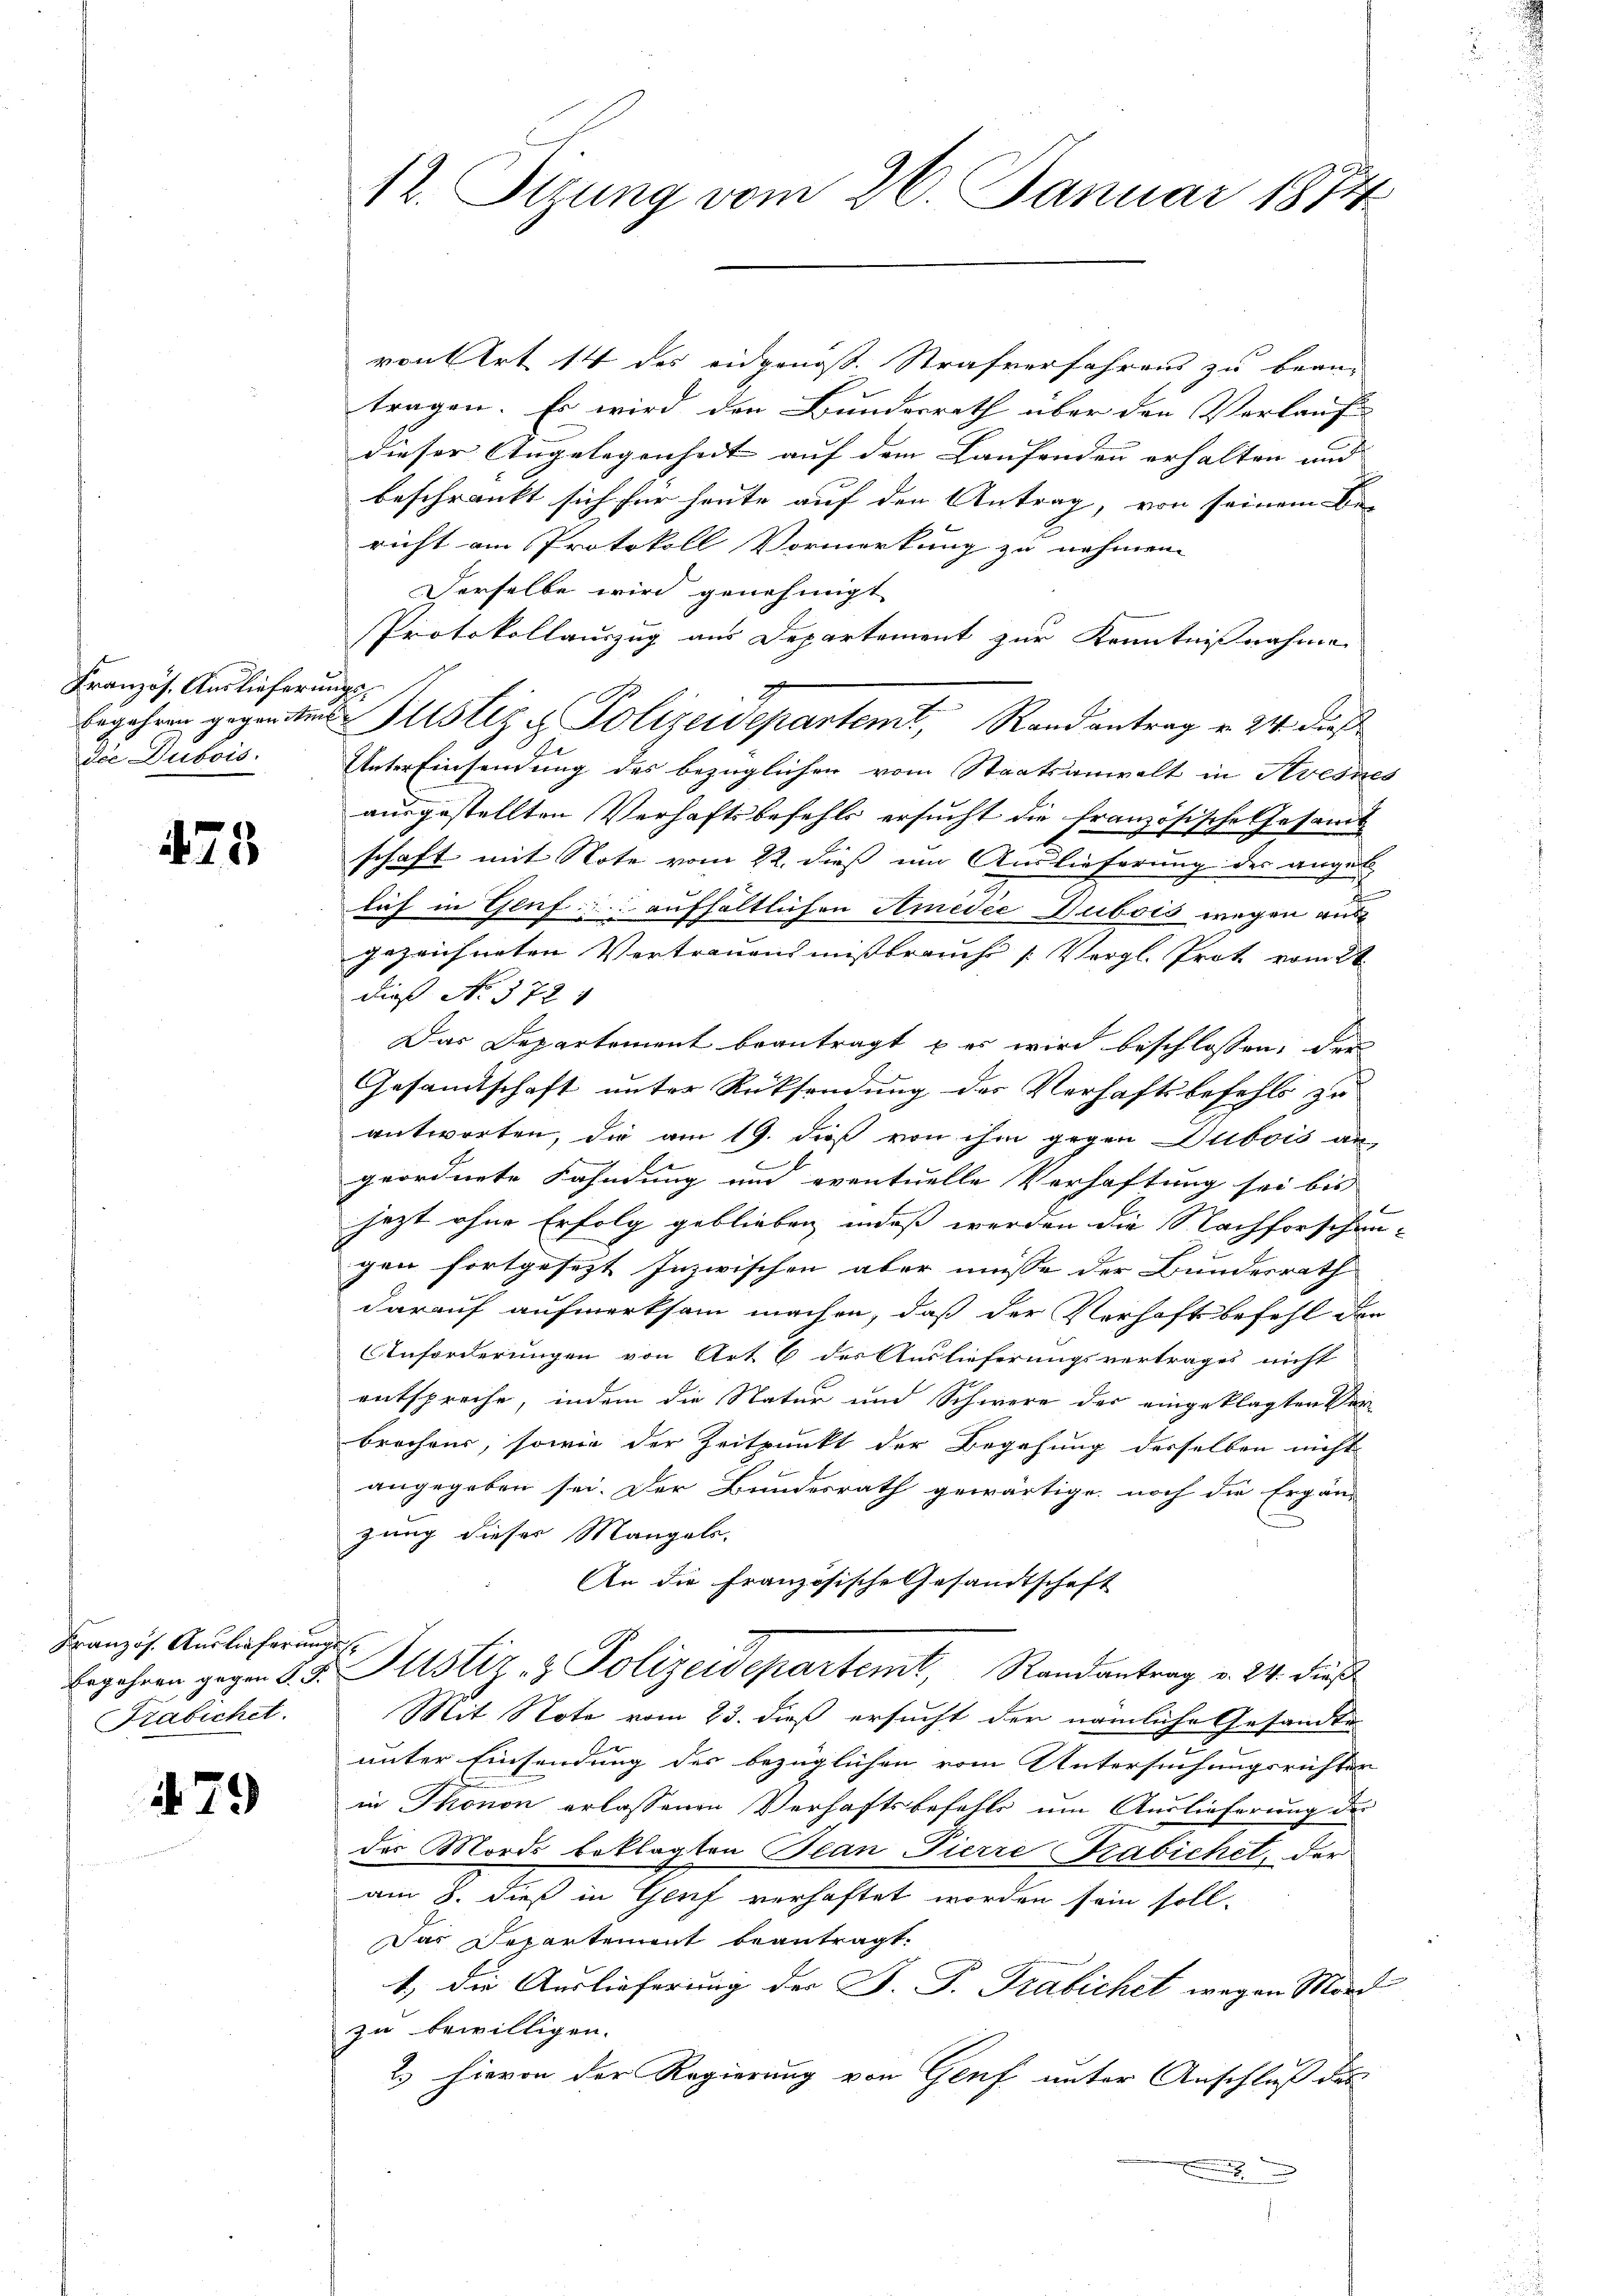
Französ. Auslieferungs-
die Dubois.

475

Kranzös. Auslieferungs
Frabichet.

N 79

12. Sizung vom 26. Januar 1874

vonsert 14 des eidgenoß. Strafverfahrens zu bean-
tragen. Es wird den Bundesrath über den Verlauf
dieser Angelegenheit auf dem Laufenden erhalten und |
beschränkt sich für heute auf den Antrag, von seinem Be-
richt am Protokoll Vormerkung zu nehmen. |
Derselbe wird genehmigt
Protokollauszug aus Departement zur Kenntnißnahme
Unter Einsendung des bezüglichen vom Staatsanwalt in Avesnes
ausgestellten Verhaftsbefehls ersucht die französische Gesamt
schaft mit Note vom 22. dieß um Auslieferung des anget
lich in Genf aufhältlichen Amedie Dubois wegen aus
gezeichneten Vertrauensmissbrauch [Vergl. Prot vom 2t
dieß No 572 f
Das Departement beantragt, es wird beschlossen, der
Gesandtschaft unter Rücksendung des Verhaftsbefehls zu
antworten, die am 19. dieß von ihm gegen Dubois an-
geordnete Fahndung und eventuelle Verhaftung sei bis |
jezt ohne Erfolg geblieben, indeß werden die Nachforschen- |
gen fortgesezt Inzwischen aber müsse der Bundesrath
darauf aufmerksam machen, daß der Verhaft befehl den
Inforderungen von Art. 6 des Auslieferungsvertrages nicht
entspreche, indem die Natur und Schwere der eingeklagten Ver-
brochens, sowie der Zeitpunkt der Begehung derselben nicht
angegeben sei. Der Bundesrath gewärtige, noch die Ergän-
zung dieser Mangels.
An die französische Gesandtschaft
Eegehren gegen 8. d. Justiz & Polizeidepartemt, Randantrag v. 24. dieß
Mit Note vom 23. dieß ersucht den nämliche Gesandte
unter Einsendung des bezüglichen vom Untersuchungsrichten
in Thonon erlassenen Verhaftsbefehls um Auslieferung der
der Mords beklagten Plan Pierre Trabichet, der
am 8. dieß in Genf verhaftet worden sein soll,
Das Departement beantragt.
1, die Auslieferung der J. P. Trabichet wegen Mord
zu bewilligen.
2.) Hievon der Regierung von Genf unter Anschluß des
.

7
begehren gegenten Altstiz & Polizeidepartemt, Randantrag v. 24. dieß